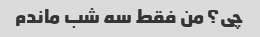
چی؟ من فقط سه شب ماندم